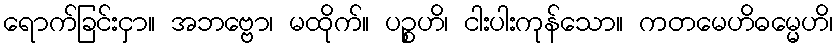
ရောက်ခြင်းငှာ။ အဘဗ္ဗော၊ မထိုက်။ ပဉ္စဟိ၊ ငါးပါးကုန်သော။ ကတမေဟိဓမ္မေဟိ၊